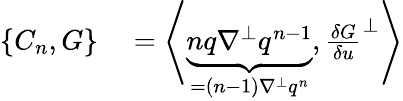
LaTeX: \begin{array}{rl}{\{ C_{n},G\} }&{{}=\left\langle\underbrace{nq\nabla^{\perp}q^{n-1}}_{=(n-1)\nabla^{\perp}q^{n}},\frac{\delta G}{\delta u}^{\perp}\right\rangle}\end{array}